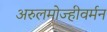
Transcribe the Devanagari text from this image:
अरुलमोज्हीवर्मन